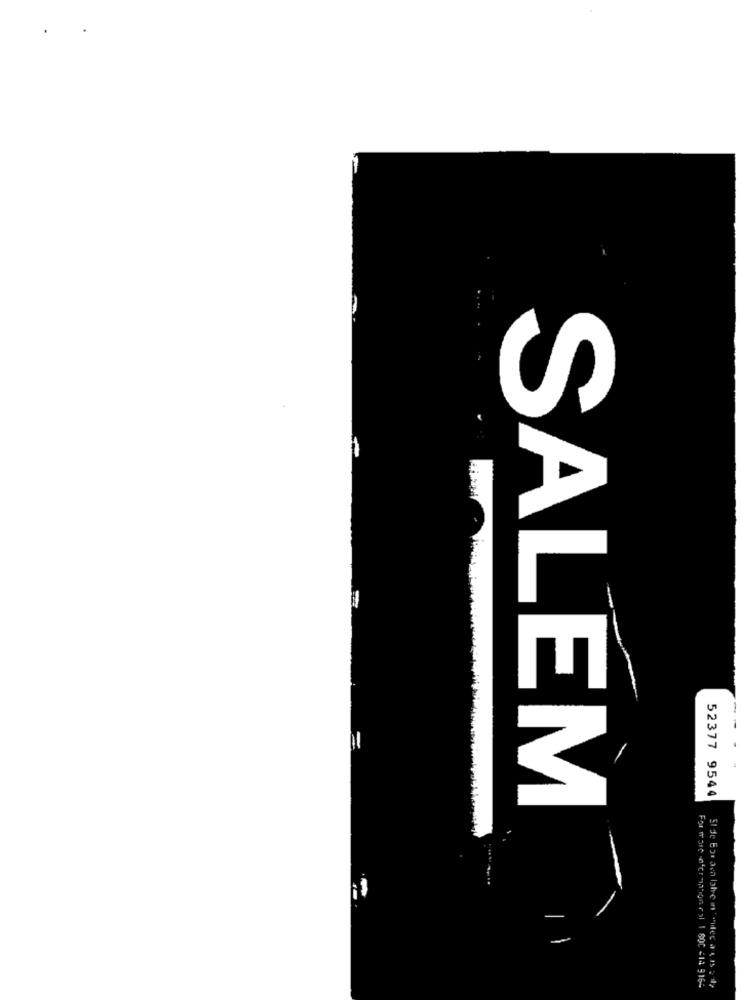
=
52377 9544
SALEM
For more information Fal 1 800 c14 9164